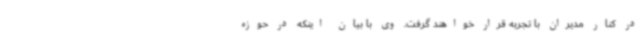
در کنار مدیران با تجربه قرار خواهند گرفت. وی با بیان اینکه در حوزه